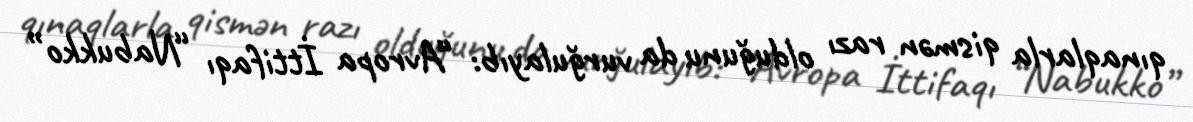
qınaqlarla qismən razı olduğunu da vurğulayıb: “Avropa İttifaqı “Nabukko”